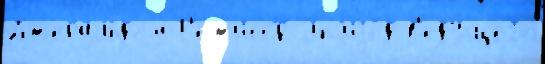
Джеральдом Р'ежисс'́р Эп'изо́д в'еду́щего